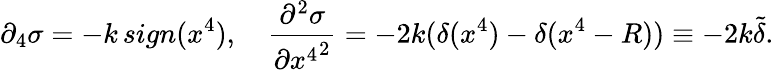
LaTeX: \partial_{4}\sigma=-k\, sign(x^{4}),\quad\frac{\partial^{2}\sigma}{\partial{x^{4}}^{2}}=-2k(\delta(x^{4})-\delta(x^{4}-R))\equiv-2k\tilde{\delta}.